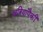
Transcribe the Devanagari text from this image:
क्षत्रियांपैकीं